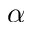
\alpha